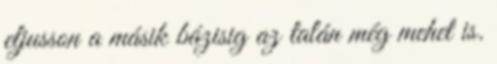
eljusson a másik bázisig az talán még mehet is.